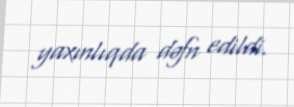
yaxınlıqda dəfn edildi.